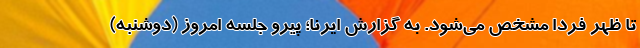
تا ظهر فردا مشخص می‌شود. به گزارش ایرنا؛ پیرو جلسه امروز (دوشنبه)